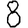
Digit: 8